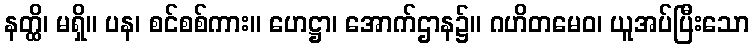
နတ္ထိ၊ မရှိ။ ပန၊ စင်စစ်ကား။ ဟေဋ္ဌာ၊ အောက်ဌာန၌။ ဂဟိတမေဝ၊ ယူအပ်ပြီးသော